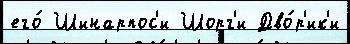
его́ Шинарпос'и Шорг'и Дво́р'ик'и